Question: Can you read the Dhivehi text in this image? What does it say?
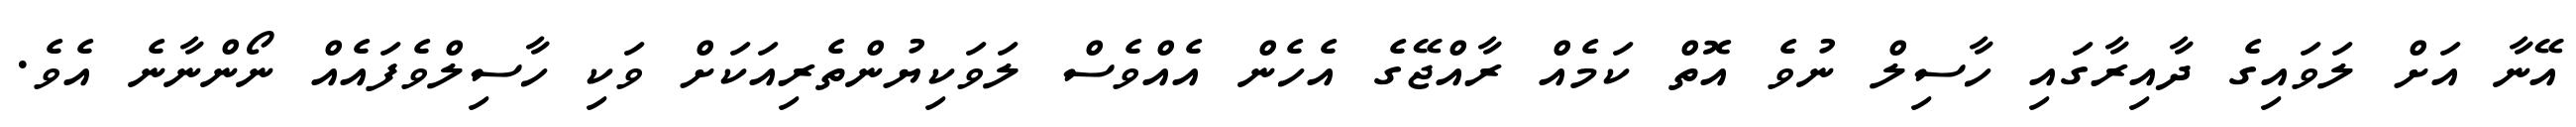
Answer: އޭނާ އަށް ލަވައިގެ ދާއިރާގައި ހާސިލް ނުވެ އޮތް ކަމެއް ރާއްޖޭގެ އެހެން އެއްވެސް ލަވަކިޔުންތެރިއަކަށް ވަކި ހާސިލްވެފައެއް ނޯންނާނެ އެވެ.